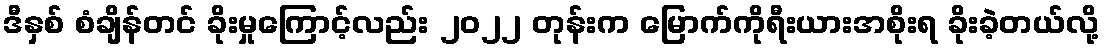
ဒီနှစ် စံချိန်တင် ခိုးမှုကြောင့်လည်း ၂၀၂၂ တုန်းက မြောက်ကိုရီးယားအစိုးရ ခိုးခဲ့တယ်လို့